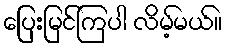
ပြေးမြင်ကြပါ လိမ့်မယ်။